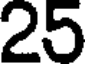
25